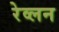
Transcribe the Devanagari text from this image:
रेव्लन